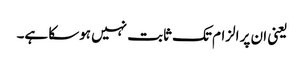
یعنی ان پر الزام تک ثابت نہیں ہوسکا ہے۔